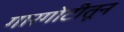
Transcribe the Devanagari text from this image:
गारगोटीतून